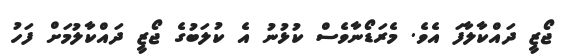
ޖޯޒީ ދައްކާލާފަ އެވެ. މެރަޑޯނާވެސް ކުޅުނު އެ ކުލަބުގެ ޖޯޒީ ދައްކާލުމަށް ފަހު